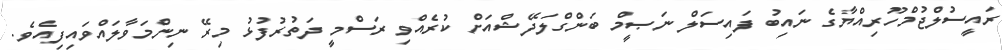
ރައީސުލްޖުމްހޫރިއްޔާގެ ނައިބު ފައިސަލް ނަޞީމް ބަންގްލަދޭޝްއަށް ކުރެއްވި ރަސްމީ ދަތުރުފުޅު މިރޭ ނިންމަވާލައްވައިފިއެވެ.